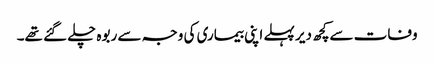
وفات سےکچھ دیر پہلے اپنی بیماری کی وجہ سے ربوہ چلے گئے تھے۔